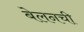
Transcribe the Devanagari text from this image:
बेलनची